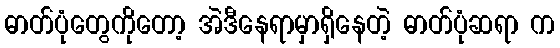
ဓာတ်ပုံတွေကိုတော့ အဲဒီနေရာမှာရှိနေတဲ့ ဓာတ်ပုံဆရာ က